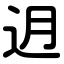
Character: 迌